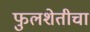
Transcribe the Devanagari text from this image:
फुलशेतीचा